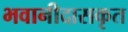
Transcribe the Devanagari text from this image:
भवानीदासकृत